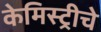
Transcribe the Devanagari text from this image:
केमिस्ट्रीचे